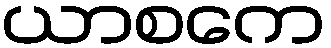
ယာစကေ